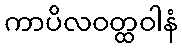
ကာပိလဝတ္ထဝါနံ